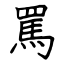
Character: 罵